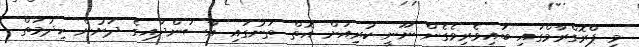
މި ޕްރޮގްރާމްގައި ބައިވެރިވެގެން ނޫނީ ކުރިއަށް އޮތް ތަނުގައި އާސަންދައިގެ ދަށުން ހިދުމަތް